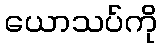
ယောသပ်ကို